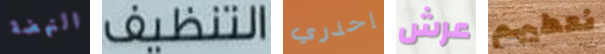
النهضة التنظيف إحذري عرش نعطيهم